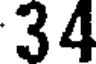
34